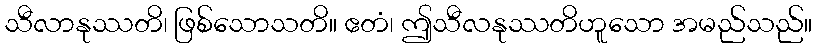
သီလာနုဿတိ၊ ဖြစ်သောသတိ။ ဧတံ၊ ဤသီလနုဿတိဟူသော အမည်သည်။